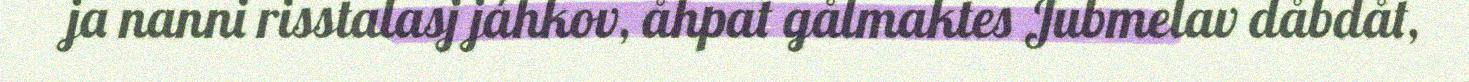
ja nanni risstalasj jáhkov, åhpat gålmaktes Jubmelav dåbdåt,